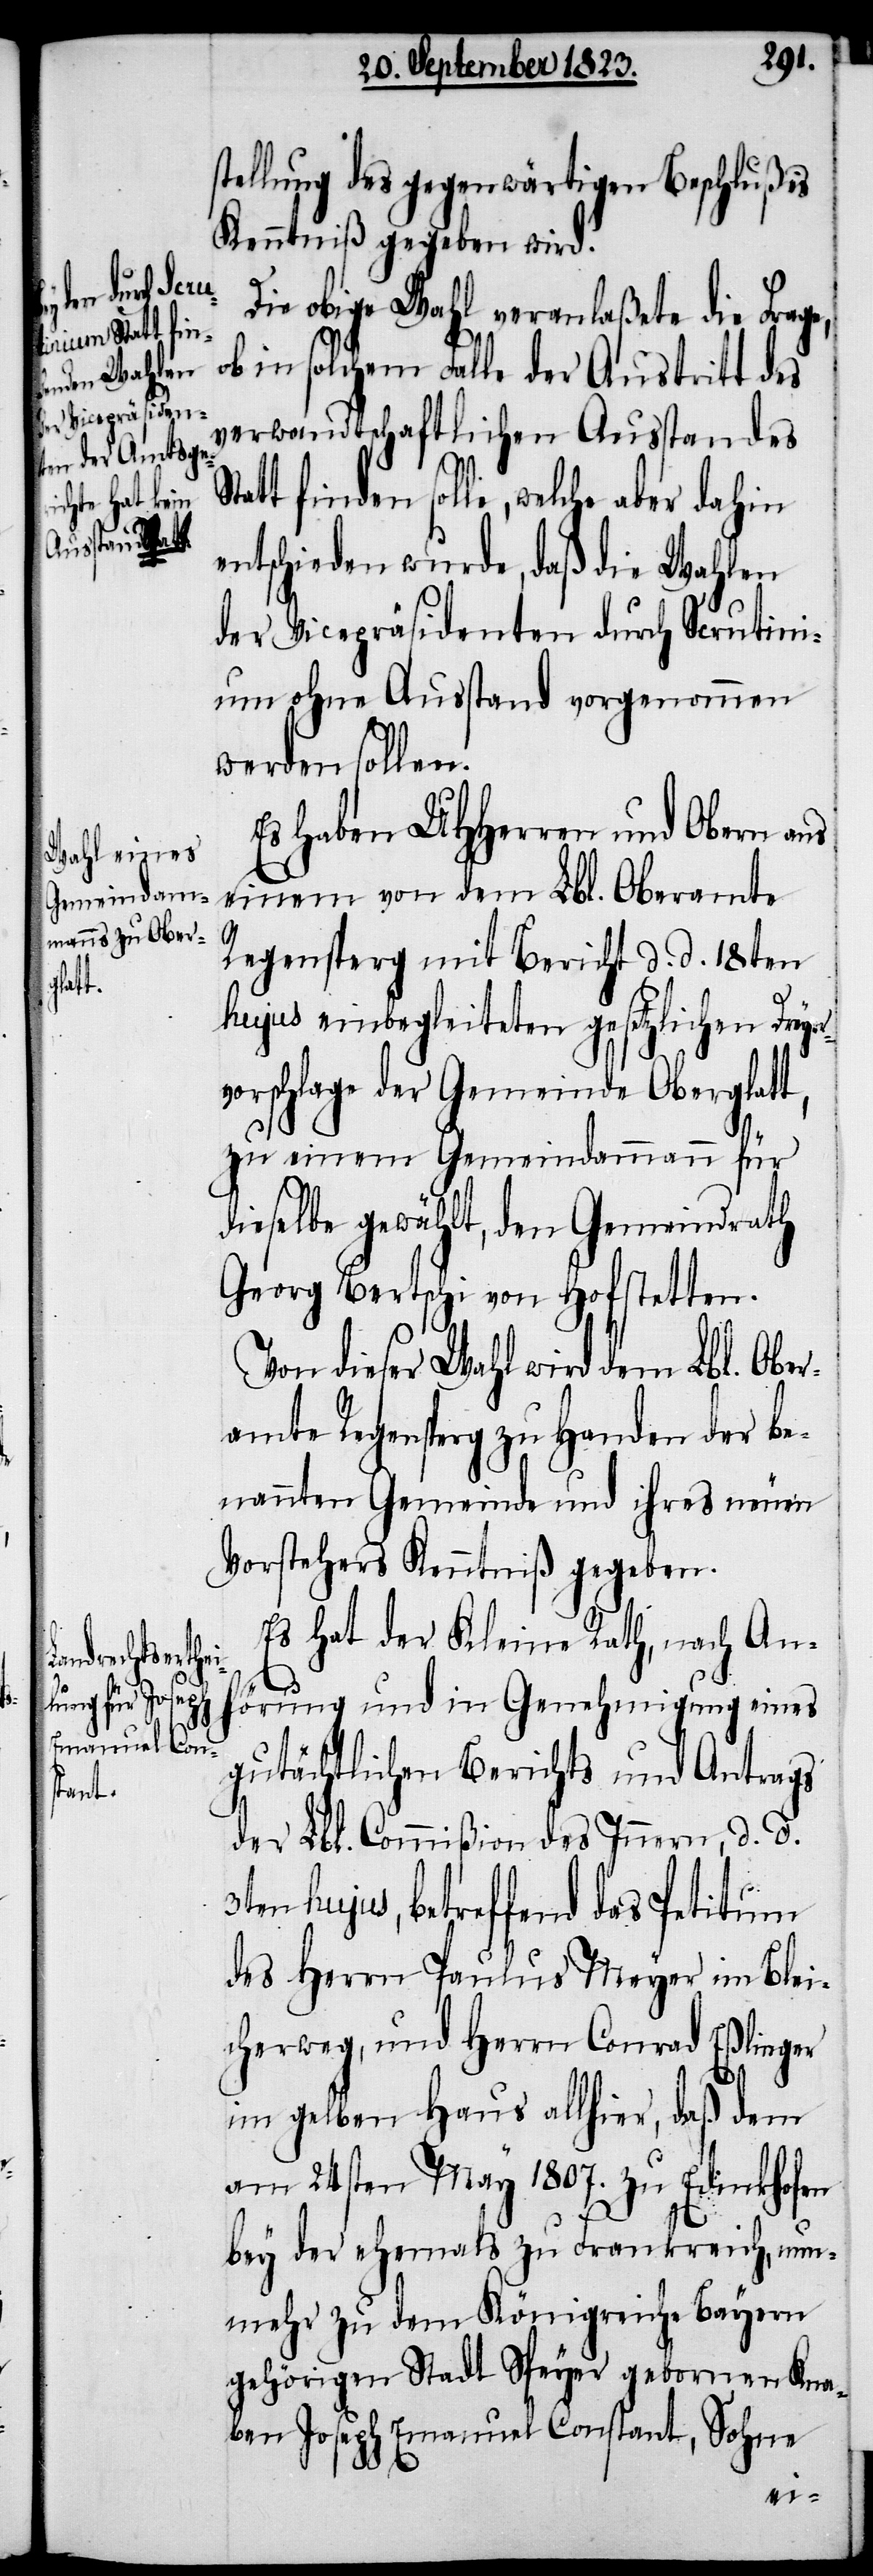
Stat¬

stellung des gegenwärtigen Beschlußes
Kenntniß gegeben wird.
Die obige Wahl veranlaßete die Frag¬
ob in solchem Falle der Austritt des
Verwandtschaftlichen Ausstandes
t finden solle, welche aber dahin
entschieden wurde, daß die Wahlen
der Vicepräsidenten durch Scrutini¬
um ohne Ausstand vorgenommen
werden sollen.
Es haben UHHerren und Obern aus
einem von dem Lbl. Oberamte
3t¬
Regensperg mit Bericht d. d. 18ten
hujus einbegleiteten gesetzlichen Dreyer¬
vorschlage der Gemeinde Oberglat¬
zu einem Gemeindammann für
dieselbe gewählt, den Gemeindrath
Georg Bertschi von Hofstetten.
Von dieser Wahl wird dem Lbl. Ober¬
amte Regensperg zu Handen der be¬
nannten Gemeinde und ihres neuen
Vorstehers Kenntniß gegeben.
Es hat der Kleine Rath, nach An¬
hörung und in Genehmigung eines
gutächtlichen Berichts und Antrags
der Lbl. Commißion des Innern, d. d.
en hujus, betreffend das Petitum
des Herrn Paulus Meyer im Blei¬
cherweg, und Herrn Conrad Eßlinger
im gelben Haus allhier, daß dem
am 24sten May 1807. zu Edinkhofen
bey der ehemals zu Frankreich, nun¬
mehr zu dem Königreiche Bayern
gehörigen Stadt Speyer gebornen Kna¬
ben Joseph Emanuel Constant, Sohne